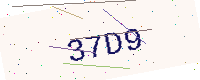
Text: 37D9